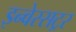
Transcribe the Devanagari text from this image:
इन्वेस्सट्रर